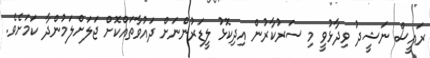
ރައީސް ނަޝީދު ވިދާޅުވީ މި ސަރުކާރުން އިދިކޮޅު ލީޑަރުންނަށް ދައުވާތައްކޮށް ޖަލަށްލަމުންދާ ކަމަށެވެ.